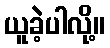
ယူခဲ့ပါလို့။